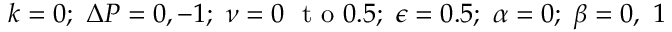
k = 0 ; ~ \Delta P = 0 , - 1 ; ~ \nu = 0 ~ \mathrm { ~ t ~ o ~ } 0 . 5 ; ~ \epsilon = 0 . 5 ; ~ \alpha = 0 ; ~ \beta = 0 , ~ 1